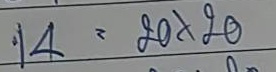
14 = 20 x 20